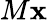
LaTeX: M\mathbf{x}